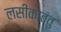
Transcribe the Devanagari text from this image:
लसीकातंतु